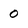
Character: 0